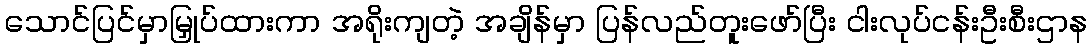
သောင်ပြင်မှာမြှုပ်ထားကာ အရိုးကျတဲ့ အချိန်မှာ ပြန်လည်တူးဖော်ပြီး ငါးလုပ်ငန်းဦးစီးဌာန